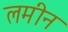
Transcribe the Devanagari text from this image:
लमीन